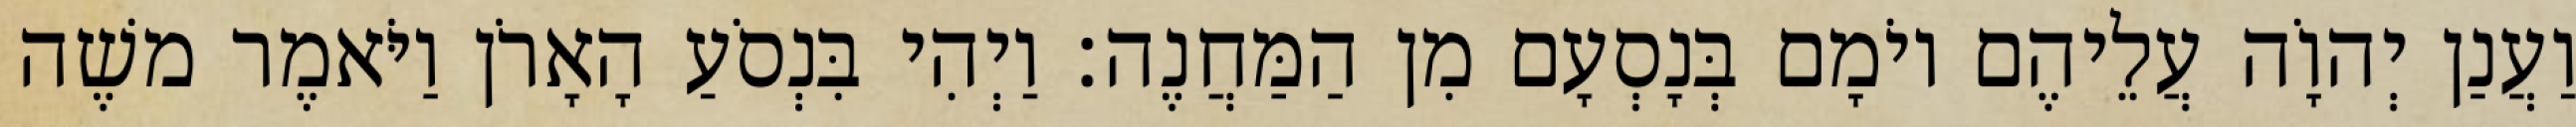
וַעֲנַן יְהוָֹה עֲלֵיהֶם יוֹמָם בְּנָסְעָם מִן הַמַּחֲנֶה׃ וַיְהִי בִּנְסֹעַ הָאָרֹן וַיֹּאמֶר משֶׁה